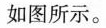
如图所示。